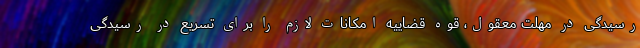
رسیدگی در مهلت معقول، قوه قضاییه امکانات لازم را برای تسریع در رسیدگی